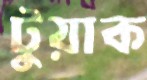
টুয়াক